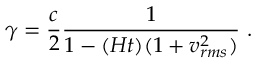
\gamma = { \frac { c } { 2 } } { \frac { 1 } { 1 - ( H t ) ( 1 + v _ { r m s } ^ { 2 } ) } } \ .